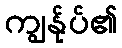
ကျွန်ုပ်၏